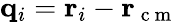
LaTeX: \mathbf q_{i}=\mathbf r_{i}-\mathbf r_{\mathrm{~c~m~}}